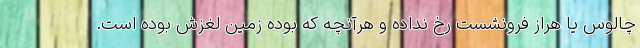
چالوس یا هراز فرونشست رخ نداده و هرآنچه که بوده زمین لغزش بوده است.